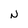
Character: N